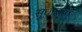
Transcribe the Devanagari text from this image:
सुधारांवर